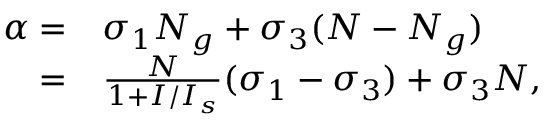
\begin{array} { r l } { \alpha = } & { { } \sigma _ { 1 } N _ { g } + \sigma _ { 3 } ( N - N _ { g } ) } \\ { = } & { { } \frac { N } { 1 + I / I _ { s } } ( \sigma _ { 1 } - \sigma _ { 3 } ) + \sigma _ { 3 } N , } \end{array}